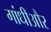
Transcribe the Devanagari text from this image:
गांधीऔर